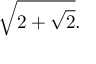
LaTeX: { \sqrt { 2 + { \sqrt { 2 } } } } .